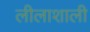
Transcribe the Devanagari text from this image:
लीलाशाली